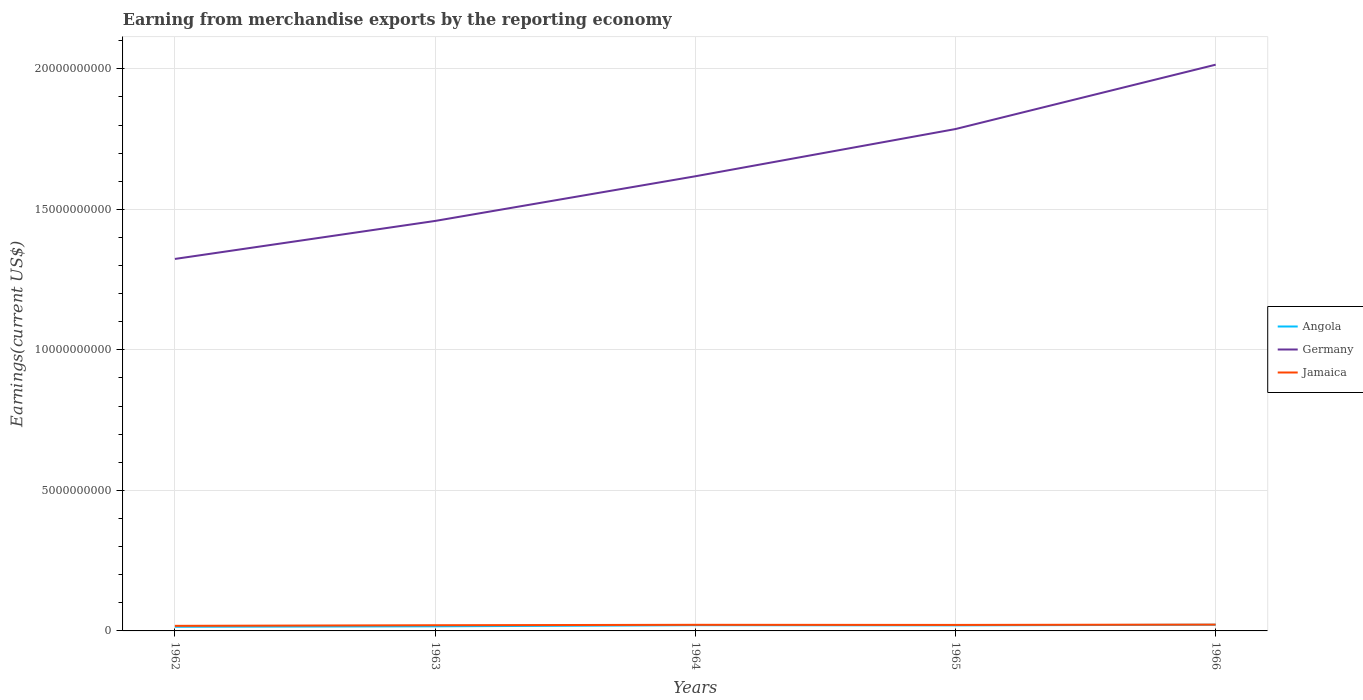
| Years | Angola | Germany | Jamaica |
 | --- | --- | --- | --- |
 | 1962 | 1.48e+08 | 1.32e+10 | 1.81e+08 |
 | 1963 | 1.64e+08 | 1.46e+10 | 2.03e+08 |
 | 1964 | 2.04e+08 | 1.62e+10 | 2.18e+08 |
 | 1965 | 1.98e+08 | 1.79e+10 | 2.14e+08 |
 | 1966 | 2.2e+08 | 2.01e+10 | 2.25e+08 |